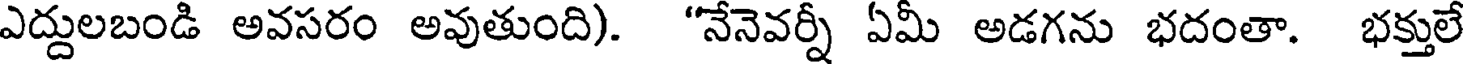
ఎద్దులబండి అవసరం అవుతుంది). "నేనెవర్నీ ఏమీ అడగను భదంతా. భక్తులే